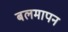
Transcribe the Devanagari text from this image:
बलमापन